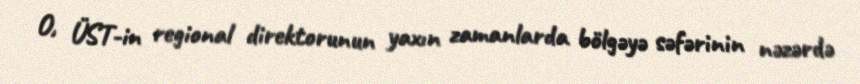
O, ÜST-in regional direktorunun yaxın zamanlarda bölgəyə səfərinin nəzərdə